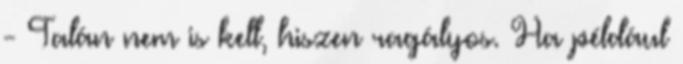
- Talán nem is kell, hiszen ragályos. Ha például